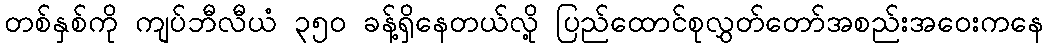
တစ်နှစ်ကို ကျပ်ဘီလီယံ ၃၅၀ ခန့်ရှိနေတယ်လို့ ပြည်ထောင်စုလွှတ်တော်အစည်းအဝေးကနေ